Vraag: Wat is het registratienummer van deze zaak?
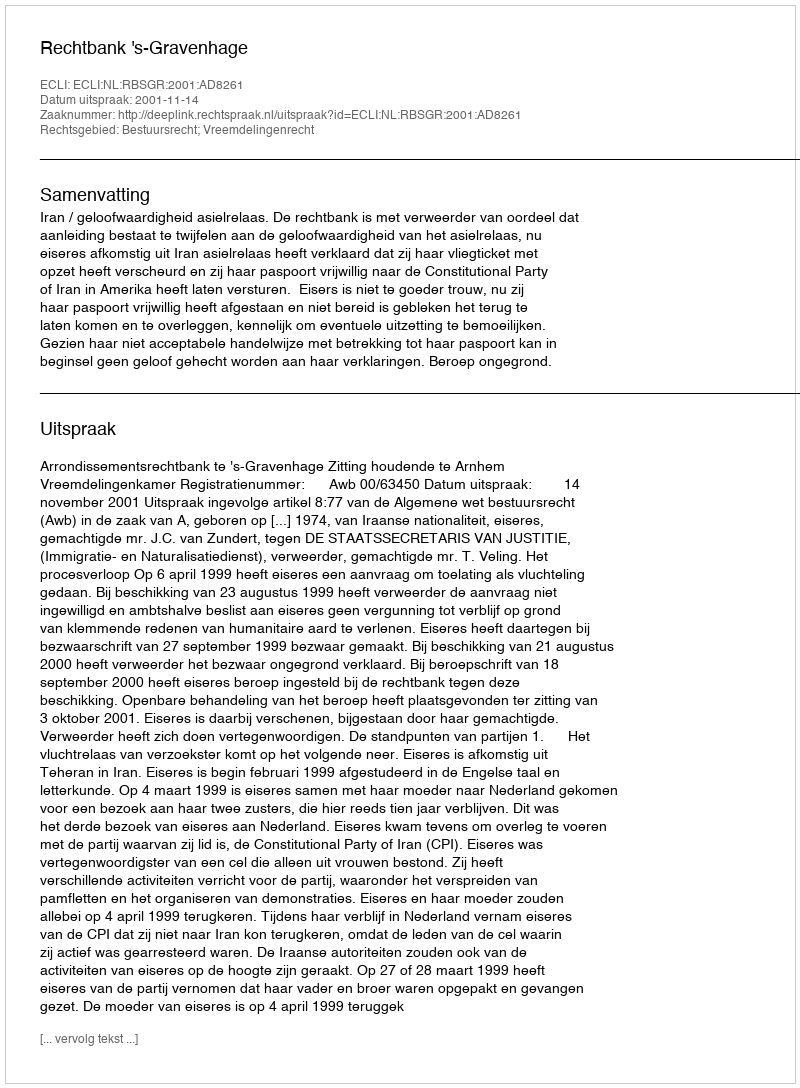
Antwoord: http://deeplink.rechtspraak.nl/uitspraak?id=ECLI:NL:RBSGR:2001:AD8261